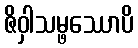
ဇိဝှါသမ္ဖဿောပိ